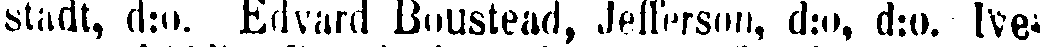
stadt, d:o. Edvard Boustead, Jefferson, d:o, d:o. Ive-